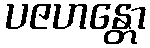
ပဇဟန္တော